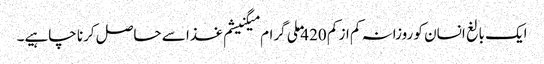
ایک بالغ انسان کو روزانہ کم از کم 420 ملی گرام میگنیشم غذا سے حاصل کرنا چاہیے۔